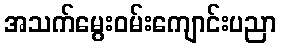
အသက်မွေးဝမ်းကျောင်းပညာ